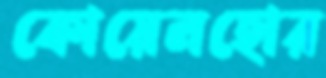
কোয়েলহোর